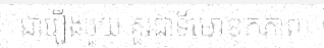
ជារឿងមួយ គួរជាទីមោទកភាព